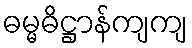
ဓမ္မဓိဋ္ဌာန်ကျကျ